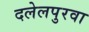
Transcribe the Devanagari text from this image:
दलेलपुरवा